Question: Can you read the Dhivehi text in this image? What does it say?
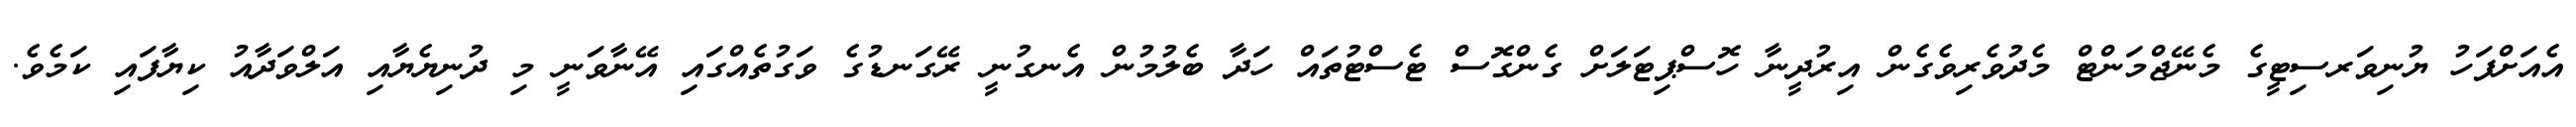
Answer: އެއަށްފަހު ޔުނިވަރސިޓީގެ މެނޭޖްމަންޓް މެދުވެރިވެގެން އިރުދީނާ ހޮސްޕިޓަލަށް ގެންގޮސް ޓެސްޓުތައް ހަދާ ބެލުމުން އެނގުނީ ރޭގަނޑުގެ ވަގުތެއްގައި އޭނާވަނީ މި ދުނިޔެޔާއި އަލްވަދާއު ކިޔާފައި ކަމެވެ.